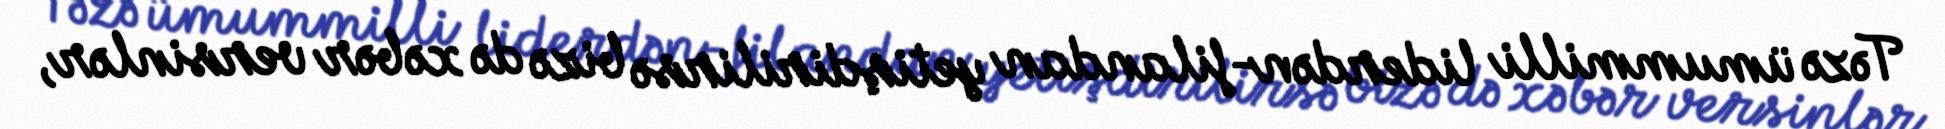
Təzə ümummilli liderdən-filandan yetişdirilirsə bizə də xəbər versinlər,